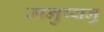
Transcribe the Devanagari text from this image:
मनुष्यनुं